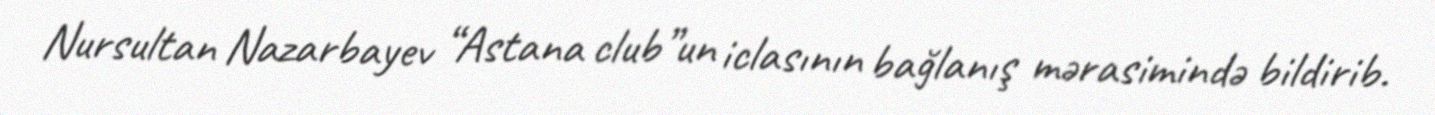
Nursultan Nazarbayev “Astana club”un iclasının bağlanış mərasimində bildirib.